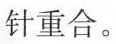
针重合。